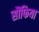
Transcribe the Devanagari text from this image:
सौंफिया